Vaccination in Bombay 1869-1873 - 1869-1873
Year: 1869
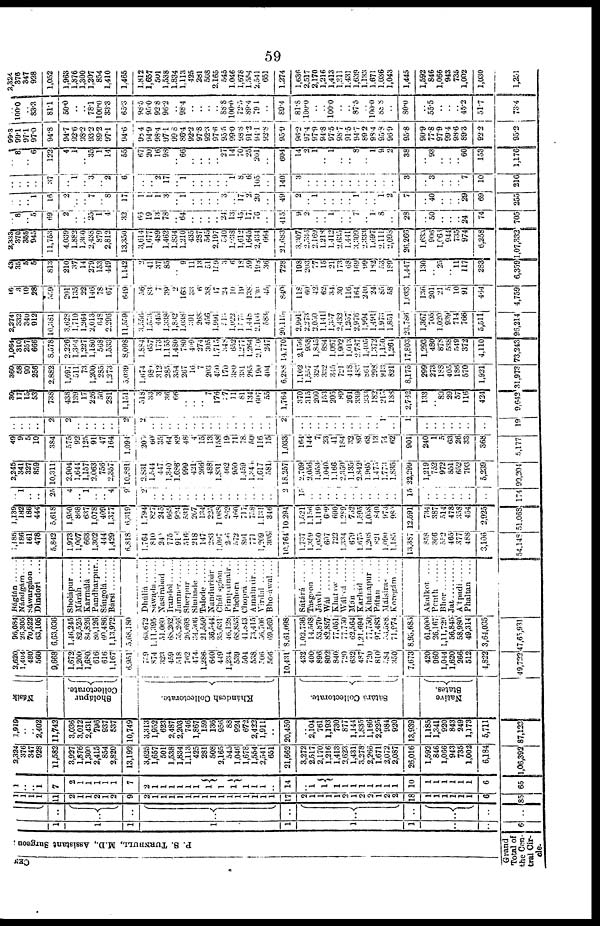
59
CEN
P. S. TURNBULL,
M.D
Grand
Total of
the Cen-
tral Cir-
cle.
1
1
1
1
1
1
1
..
..
6
..
..
..
..
..
..
..
..
..
..
1
1
1
1
11
2
1
1
2
1
2
9
2
1
1
1
1
1
1
1
1
1
1
1
1
1
1
1
17
2
1
1
1
1
2
1
2
2
1
2
2
18
1
1
1
1
1
1
6
85
1
..
.. 1
7
2
1
1
1
1
1
7
2
1
1
1
1
1
1
l
1
1
1
1
1
..
14
..
1
1
1
1
1
1
1
1
1
1
10
1
1
1
1
1
1
6
65
2,324
376
347
928
11,582
3,927
1,876
1,309
2,415
854
2,820
13,192
3,625
1,657
501
1,538
1,834
1,113
425
281
508
2,165
545
1,046
1,678
1,554
2,541
651
21,662
3,272
2,517
2,170
1,216
1,413
2,623
1,431
3,278
2,266
1,671
2,072
2,087
26,016
1,592
846
1,066
943
735
1,002
6,184
1,06,392
1,919
..
.. 2,402
11,742
3,036
3,012
2,431
796
937
537
10,749
3,313
1,952
623
2,487
2,203
746
1,867
159
136
956
88
924
672
2,422
1,911
..
20,459
..
2,104
761
1,193
730
877
1,144
1,835
1,166
2,225
984
920
13,939
1,185
1,341
920
843
249
1,173
5,711
87,123
Násik
Sholápur
Collectorate.
Khándesh Collectorate.
Sátárá Collectorate.
Native
States.
2,620
1,404
480
560
9,668
1,672
1,200
1,680
616
616
1,167
6,951
749
874
323
459
518
762
474
1,286
640
449
1,234
539
504
538
506
566
10,431
432
400
896
802
840
720
632
487
720
810
484
350
7,673
420
960
1,044
1,620
266
512
4,822
49,722
96,084
26,305
70,522
63,105
6,63,036
1,46,245
82,525
84,826
80,126
60,486
1,13,972
5,68,180
63,672
1,11,395
51,060
68,262
55,266
26,698
34,306
21,550
36,544
35,631
46,128
68,853
41,843
73,415
56,706
69,569
8,61,098
1,02,736
14,568
53,870
85,857
77,051
77,750
62,564
1,21,694
77,750
97,483
55,588
71,974
8,96,685
61,000
26,167
1,11,729
56,845
58,980
49,314
3,64,035
47,65,931
Báglán
Nándgám ....
Sáwargáon ..
Dindorí.....
Sholápur ....
Máráh.... Karmalá....
Pandharpur.
Sángolá.... Bársí
Dhúliá
Sáwada
Nasirabad
..
Irandol....
Jamner
Sherpur .. ..
Shahade
.....
Talode
Nandurbár ..
Chálisgáon ..
Pimpalnair..
Páchora
....
Choprá ......
Amalnair....
Virdal
Bhosáwal....
Sátárá
Tásgaon
...
Jáwli
Wái
Khataw
...
Wálwá
Mán
Karhad
.....
Khánápur ..
Pátan
Málsiras .. .
Koregám ...
Akalkot
...
Penth
Bhor
Jat
A'tpadi.... Phaltan ...
1,185
186
161
478
5,842
1,973
1,007
663
1,302
444
1,429
6,818
1,764
810
24
775
918
516
218
147
283
1,097
256
572
891
771
1,209
305
10,764
1,737
1,359
1,050
607
722
1,334
679
1,675
1,208
821
1,090
1,185
13,387
858
366
552
465
377
488
3,106
54,148
1,139
182
186
444
5,618
1,950
868
637
1,678
409
1,377
6,319
1,794
827
245
665
924
531
207
134
225
1,068
262
460
717
758
1,131
346
10,294
1,521
1,156
1,119
609
690
1,289
752
1,595
1,058
849
973
980
12,591
734
387
514
478
358
454
2,925
51,068
..
1
..
..
25
4
..
1
..
..
4
9
2
..
..
..
..
..
.. ..
..
..
..
..
..
..
..
..
2
15
..
..
..
..
..
..
..
..
..
..
..
15
..
..
..
..
..
..
..
174
2,245
341
327
859
10,311
2,904
1,644
1,157
2,063
756
2,357
10,881
2,831
1,544
447
1,340
1,686
999
421 266
488
1,831
462
950
1,459
1,346
1,617
581
18,257
2,709
2,056
1,953
1,040
1,166
2,350
1,135
2,842
1,965
1,475
1,773
1,835
22,299
1,219
752
972
851
652
793
5,239
99,204
49
9
5
10
384
575
92
125
91
47
164
1,094
207
60
35
64
82
48
4
15
13
158
19
71
78
50
116
15
1,033
164
144
7
23
41
184
32
89
68
13
74
62
901
240
1
5
63
26
33
368
5,177
..
..
..
..
2
2
..
..
..
..
..
2
2
..
..
..
..
..
..
..
..
..
..
..
..
..
..
..
2
..
..
..
..
..
..
..
..
..
.. 1
..
1
..
..
..
..
..
..
..
19
30
17
15
53
738
438
139
17
226
50
281
1,151
518
33
3
36
66
..
..
.. 7
176
37
11
81
134
607
55
1,764
370
315
209
153
205
89
264
339
233
182
213
188
2,762
133
.. 89
29
57
116
424
9,642
360
58
90
256
2,882
1,697
511
73
1,200
285
1,273
5,039
1,674
980
312
285
354
267
16
7
203
450
170
380
331
265
190
404
6,288
1,102
1,557
324
332
345
721
418
483
861
298
913
821
8,175
299
273
188
405
186
570
1,921
31,973
1,964
310
257 666
8,578
2,226
1,364
1,227
1,180
568
1,533
8,098
1,884
657
173
1,155
1,480
780
409
274
305
1,715
348
652
1,277
1,264
2,150
247
14,770
2,156
958 1,845
884
1,067
1,902
1,013
2,787
1,405
1,372
1,150
1,261
17,803
1,293
480
878
538
549
372
4,110
72,243
2,274
332
340 912
10,381
3,628
1,710
1,264
2,013
648
2,296
11,559
3,556
1,553
445
1,338
1,832
1,038
391
268
456
1,991
513
1,022
1,575
1,448
2,166
583
20,115
2,991
2,273
2,050
1,141
1,357
2,432
1,257
2,976
1,994
1,491
1,973
1,851
23,786
1,367
705
1,020
939
714
766
5,511
96,214
16
3
10
28
359
201
135
22
146
78
67
649
56
83
7
39
2
163
33
6
38
47
24
10
19
138
130
45
840
118
60
42
62
34
30
116
164
240
24
88
58
1,033
136
201
21
5 10
91
464
4,759
43 35
5 5
813
210
37
14
279
153
449
1,142
2
41
37
85
.. 9
11
13
51
159
3
6
18
59
198
36
728
198
203
77
15
21
173
68
169
99
182
53
189
1,447
130
..
25
.. 11
117
283
6,359
2,333
370
355
945
11,753
4,039
1,882
1,360
2,438
879
2,812
13,350
3,614
1,677
489
1,462
1,834
1,210
435
287
545
2,197
540
1,038
1,612
1,645
2,434
664
21,683
3,307
2,536
2,169
1,218
1,412
2,635
1,441
3,309
2,333
1,697
2,111
2,098
26,266
1,633
906
1,066
944
735
974
6,258
1,07,332
..
8
.. 5
69
2
..
2 25
1
4
32
66
19
13
78
.. 64
..
..
..
.. 24
13
45
17
76
..
415
9
2
..
.. 1
..
.. 7
.. 1
8
..
28
..
50
..
..
..
24
74
705
..
..
..
1
16
2
..
2
7
.. 8
17
1
1
1
3
.. 1
..
..
..
.. 3
.. 17
2
20
..
49
2
.. 1
..
..
..
.. 1
..
.. 1
2
7
..
40
..
..
..
29
69
255
..
..
..
..
37
..
1
.. 3
.. 2
6
..
.. 2
17
.. 1
..
..
..
..
.. 1
8
6
105
..
140
3
..
..
..
..
.. ..
..
..
..
..
..
3
..
3
..
..
..
7
10
216
..
8
.. 6
122
4
1
4 35
1
14
55
67
20
16
98
.. 66
..
..
..
.. 27
14
70
25
201
..
604
14
2
1
.. 1
..
.. 8
.. 1
9
2
38
..
93
..
..
..
60
153
1,176
99.3
99.1
97.1
97.0
94.8
94.7
92.6
98.2
93.2
89.2
97.1
94.6
98.4
94.9
98.4
97.1
99.8
86.4
92.2
97.8
92.3
97.6
95.5
99.0
98.8
91.2
94.1
92.8
95.9
96.2
97.4
97.9
94.8
97.5
98.7
91.5
94.7
89.2
98.4
95.3
96.9
95.8
90.9
77.8
97.9
99.4
98.6
89.3
92.2
95.2
.. 100.0
.. 83.3
81.1
50.0
..
.. 78.1
100.0
33.3
65.3
98.5
95.0
92.8
96.2
.. 98.4
..
..
..
.. 88.8
100.0
72.5
89.4
79.1
..
89.4
81.8
100.0
.. ..
100.0
..
.. 87.5
.. 100.0
88.8
..
80.0
..
55.5
..
..
..
45.2
51.7
78.4
2,324
376
347
928
1,052
1,963
1,876
1,300
1,207
854
1,410
1,465
1,812
1,657
501
1,538
1,834
1,113
425
281
508
2,165
545
1,046
1,678
1,554
2,541
651
1,274
1,636
2,517
2,170
1,216
1,413
1,311
l,431
1,639
1,133
1,671
1,036
1,043
1,445
1,592
846
1,066
943
735
1,002
1,030
1,251